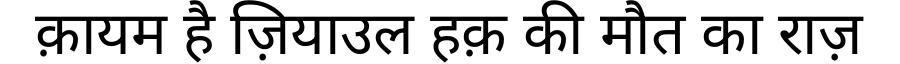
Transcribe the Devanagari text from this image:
क़ायम है ज़ियाउल हक़ की मौत का राज़